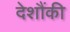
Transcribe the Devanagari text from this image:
देशौंकी